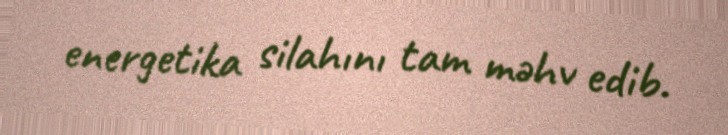
energetika silahını tam məhv edib.